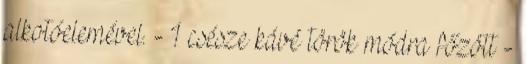
alkotóelemével. - 1 csésze kávé török módra főzött -